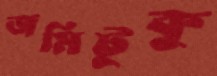
জমিটুকু